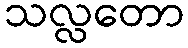
သလ္လတော